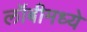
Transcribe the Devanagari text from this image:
लॉबीमध्ये